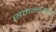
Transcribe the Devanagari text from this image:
समन्वयय